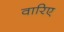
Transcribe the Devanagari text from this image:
वारिए